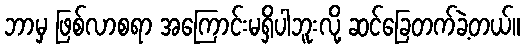
ဘာမှ ဖြစ်လာစရာ အကြောင်းမရှိပါဘူးလို့ ဆင်ခြေတက်ခဲ့တယ်။